Civil Veterinary Department Bengal reports 1933-51 - 1933-1951
Year: 1933
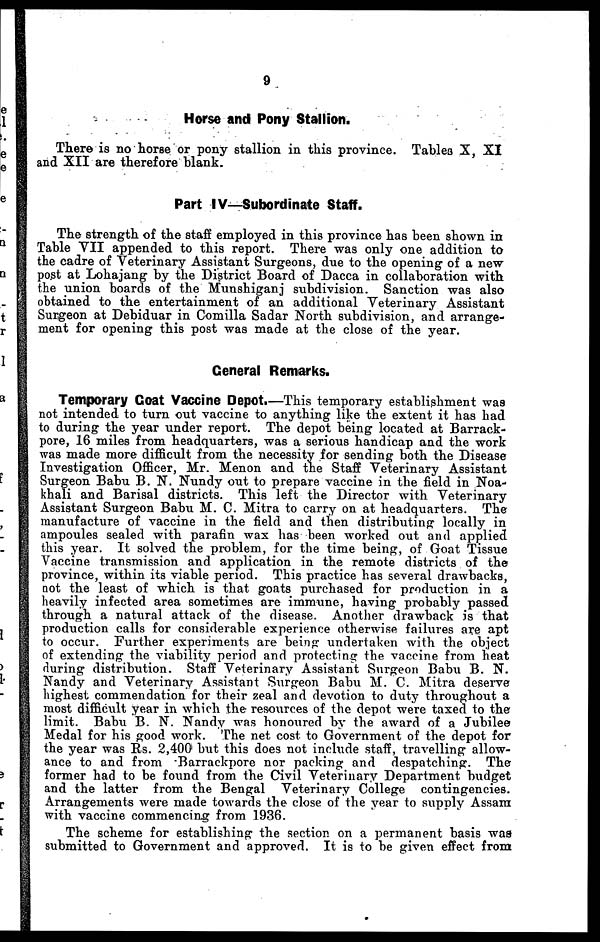
9
Horse and Pony Stallion.
There is no horse or pony stallion in this province. Tables X, XI
and XII are therefore blank.
Part IV—Subordinate Staff.
The strength of the staff employed in this province has been shown in
Table VII appended to this report. There was only one addition to
the cadre of Veterinary Assistant Surgeons, due to the opening of a new
post at Lohajang by the District Board of Dacca in collaboration with
the union boards of the Munshiganj subdivision. Sanction was also
obtained to the entertainment of an additional Veterinary Assistant
Surgeon at Debiduar in Comilla Sadar North subdivision, and arrange-
ment for opening this post was made at the close of the year.
General Remarks.
Temporary Coat Vaccine Depot.—This temporary establishment was
not intended to turn out vaccine to anything like the extent it has had
to during the year under report. The depot being located at Barrack-
pore, 16 miles from headquarters, was a serious handicap and the work
was made more difficult from the necessity for sending both the Disease
Investigation Officer, Mr. Menon and the Staff Veterinary Assistant
Surgeon Babu B. N. Nundy out to prepare vaccine in the field in Noa-
khali and Barisal districts. This left the Director with Veterinary
Assistant Surgeon Babu M. C. Mitra to carry on at headquarters. The
manufacture of vaccine in the field and then distributing locally in
ampoules sealed with parafin wax has been worked out and applied
this year. It solved the problem, for the time being, of Goat Tissue
Vaccine transmission and application in the remote districts of the
province, within its viable period. This practice has several drawbacks,
not the least of which is that goats purchased for production in a
heavily infected area sometimes are immune, having probably passed
through a natural attack of the disease. Another drawback is that
production calls for considerable experience otherwise failures are apt
to occur. Further experiments are being undertaken with the object
of extending the viability period and protecting the vaccine from heat
during distribution. Staff Veterinary Assistant Surgeon Babu B. N.
Nandy and Veterinary Assistant Surgeon Babu M. C. Mitra deserve
highest commendation for their zeal and devotion to duty throughout a
most difficult year in which the resources of the depot were taxed to the
limit. Babu B. N. Nandy was honoured by the award of a Jubilee
Medal for his good work. The net cost to Government of the depot for
the year was Rs. 2,400 but this does not include staff, travelling allow-
ance to and from Barraclq)ore nor packing and despatching. The
former had to be found from the Civil Veterinary Department budget
and the latter from the Bengal Veterinary College contingencies.
Arrangements were made towards the close of the year to supply Assam
with vaccine commencing from 1936.
The scheme for establishing the section on a permanent basis was
submitted to Government and approved. It is to be given effect from